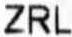
ZRL